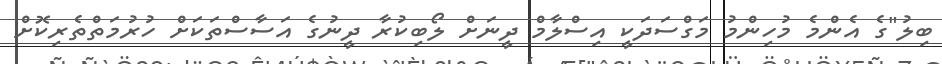
ބިލު"ގެ އެންމެ މުހިންމު މަގްސަދަކީ އިސްލާމް ދީނަށް ލޯބިކުރާ ދީނުގެ އަސާސްތަކަށް ހުރުމަތްތެރިކޮށް